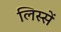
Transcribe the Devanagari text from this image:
लिस्सें